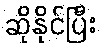
ဆိုနိုင်ပြီး